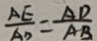
\frac { A E } { A D } = \frac { A D } { A B }